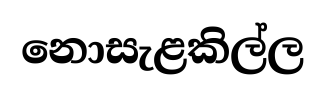
නොසැළකිල්ල